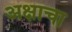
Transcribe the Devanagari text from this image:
अक्षाचा